system: You are a helpful assistant.
user:
Analyze the provided spectrum to determine if it is a **Carbon Star (C-type)**.

- **Key Visual Indicators of Carbon Star:**
    - **(Primary):** Strong molecular absorption from **C₂ (diatomic carbon) "Swan Bands."** This is the **defining feature** of a carbon star.
        - **(Key Bandheads):** Sharp absorption edges are visible at approximately $5635$ Å, $5165$ Å (the strongest band), and $4737$ Å.
        - **(Line Profile):** Creates a distinct **"saw-tooth"** pattern. The key morphology is a sharp, steep bandhead on the **red (long-wavelength) side**, which then gradually tapers off (i.e., flux recovers) towards the **blue (short-wavelength) side**. *(This is the direct opposite of the TiO bands seen in M-type stars)*.

    - **(Secondary):** Intense **CN (cyanogen)** molecular absorption bands.
        - **(Key Bandheads):** Located in the blue and violet regions of the spectrum (e.g., near $4215$ Å and $3883$ Å).
        - **(Morphology):** These bands are extremely broad and act as a "blanket," absorbing the vast majority of blue and violet light. This creates a characteristic **"cliff"** or **"steep drop-off"** in the spectrum's flux at short wavelengths.

    - **(Key Confirmation):** Strong **CH absorption band (G-band)**.
        - **(Key Bandhead):** Located around $4300$ Å. The contribution from CH molecules to this band is exceptionally strong.

    - **(Overall Spectrum):**
        - The continuum is severely "chopped up" by these deep molecular bands, especially C₂, rather than appearing as a smooth curve.
        - Due to the heavy CN and C₂ absorption in the blue-green, the vast majority of the star's flux is concentrated in the red part of the spectrum, giving the star its characteristic deep red color.

Think first, call **spectral_visualization_tool** if needed to examine features in detail, then provide your final answer. Your response must adhere to the following strict rules:
1.  **Overall Structure:** Your response must follow the format `<think>...</think> <tool_call>...</tool_call> (if a tool is used) <answer>...</answer>`.
2.  **Tool Usage Constraint:** You may only make **one** tool call per turn.
3.  **Final Answer Format:** In the `<answer>` tag, your conclusion must be inside a `\boxed{}` command (e.g., `\boxed{YES}`), followed by your justification.

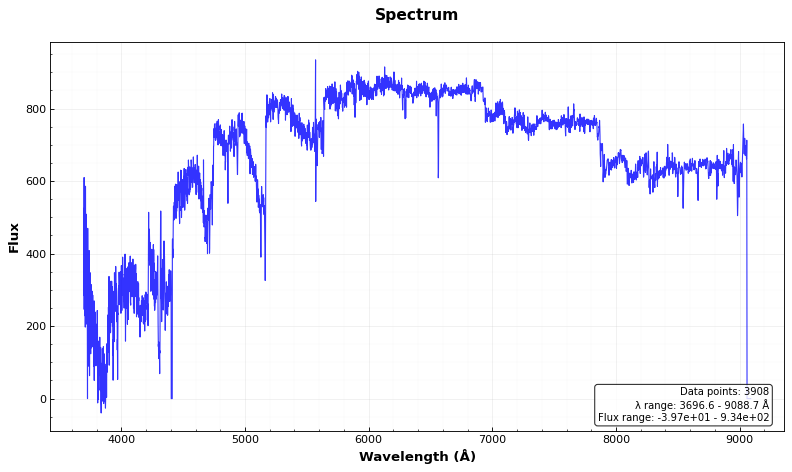
Answer: YES